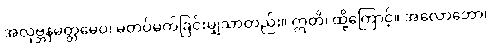
အလုဗ္ဘနမတ္တမေဝ၊ မတပ်မက်ခြင်းမျှသာတည်း။ ဣတိ၊ ထို့ကြောင့်။ အလောဘော၊